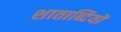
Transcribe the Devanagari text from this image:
शाताब्दियों